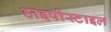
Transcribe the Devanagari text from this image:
हाइपोस्टाइल